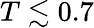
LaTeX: T\lesssim 0.7